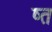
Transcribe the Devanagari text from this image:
ष्त